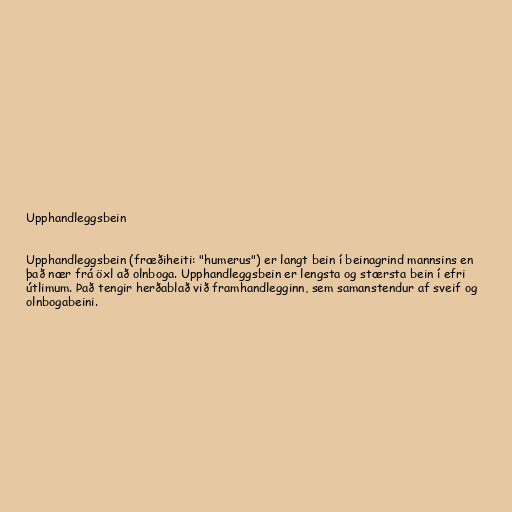
Upphandleggsbein

Upphandleggsbein (fræðiheiti: "humerus") er langt bein í beinagrind mannsins en
það nær frá öxl að olnboga. Upphandleggsbein er lengsta og stærsta bein í efri
útlimum. Það tengir herðablað við framhandlegginn, sem samanstendur af sveif og
olnbogabeini.